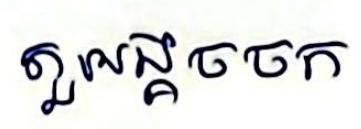
តួអង្គចចក